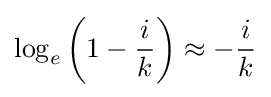
\log _{e}\left(1-{\frac {i}{k}}\right)\approx -{\frac {i}{k}}